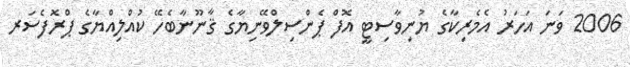
2006 ވަނަ އަހަރު އެމެރިކާގެ ޔުނިވާސިޓީ އޮފް ޕެންސިލްވޭނިޔާގެ ޤާނޫނާބެހޭ ކުއްލިއްޔާގެ ޕްރޮފެސަރ